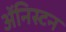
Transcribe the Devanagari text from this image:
अॅनिस्टन